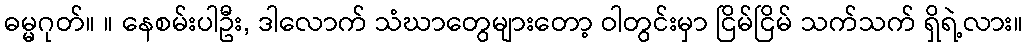
ဓမ္မဂုတ်။ ။ နေစမ်းပါဦး, ဒါလောက် သံဃာတွေများတော့ ဝါတွင်းမှာ ငြိမ်ငြိမ် သက်သက် ရှိရဲ့လား။